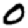
Digit: 0